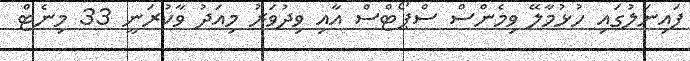
ފައިނަލުގައި ހުޅުމާލޭ ވިމެންސް ސްޕޯޓްސް އާއި ވިދުވަރު މިއަދު ވާކުރަނީ 33 މިނެޓް